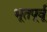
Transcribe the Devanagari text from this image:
भूतपूर्वू